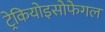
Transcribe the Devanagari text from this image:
ट्रेकियोइसोफेगल